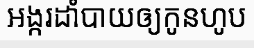
អង្ករដាំបាយឲ្យកូនហូប